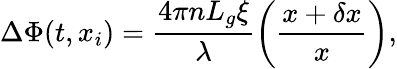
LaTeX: \Delta\Phi(t,x_{i})=\frac{4\pi nL_{g}\xi}{\lambda}\left(\frac{x+\delta x}{x}\right),